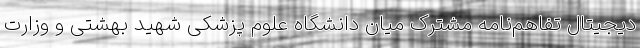
دیجیتال تفاهم‌نامه مشترک میان دانشگاه علوم پزشکی شهید بهشتی و وزارت